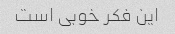
این فکر خوبی است